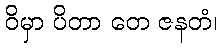
ဝိမှာ ပိတာ တေ ဇနတံ၊